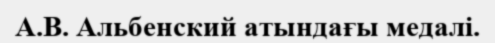
А.В. Альбенский атындағы медалі.